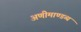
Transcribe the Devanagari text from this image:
अणीमाण्डव्य